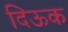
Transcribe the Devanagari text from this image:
दिऊक